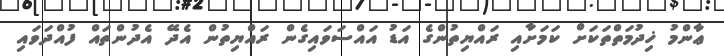
ޢާންމު ޚިދުމަތްތަކަށް ކަމަށާއި ރައްޔިތުންގެ އަޑު އައްސަވައިގެން ރައްޔިތުން އެދޭ އެދުންތައް ފުއްދަވައި